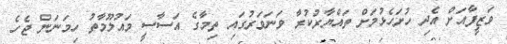
ވަޒީފާއަށް އެދި ހުށަހެޅުމަށް ތައްޔާރުކުރާ ވަނަވަރުގައި ތިމާގެ އަސާސީ މައުލޫމާތު ހިމަނަން ޖެހެ